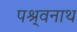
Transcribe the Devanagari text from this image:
पश्र्वनाथ